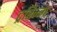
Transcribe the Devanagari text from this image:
ट्ररिज्म